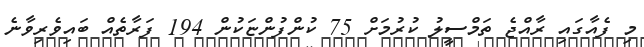
މި ފެއާގައި ރާއްޖެ ތަމްސީލު ކުރުމަށް 75 ކުންފުންޏަކުން 194 ފަރާތެއް ބައިވެރިވާނެ